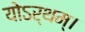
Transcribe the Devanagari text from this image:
योऽर्थम्।